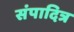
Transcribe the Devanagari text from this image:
संपादित्र